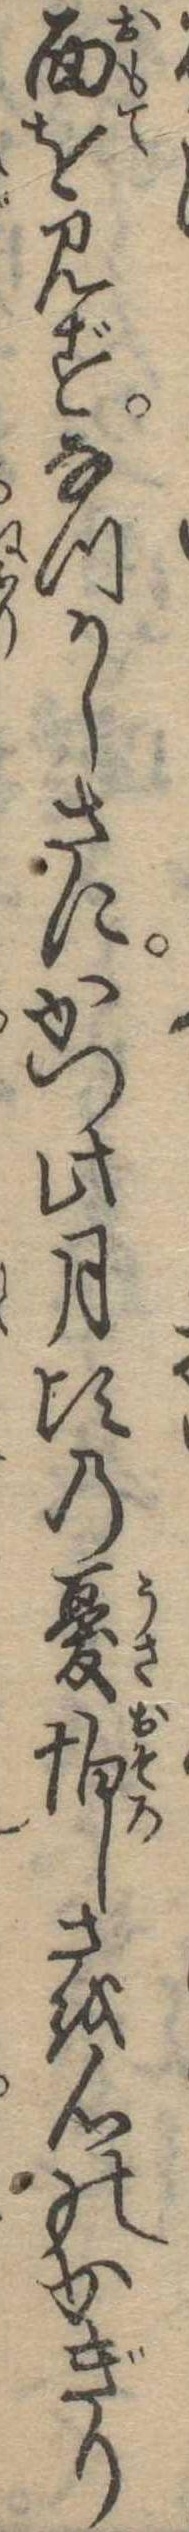
面を見ずなつかしさにかつ此月頃の憂怕しさを心のかぎり